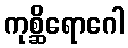
ကုစ္ဆိရောဂေါ